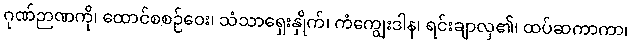
ဂုဏ်ဉာဏကို၊ ထောင်စစဉ်ဝေး၊ သံသာရှေးနှိုက်၊ ကံကျွေးဒါန၊ ရင်းချာလှ၏၊ ထပ်ဆကာကာ၊